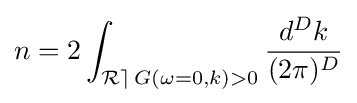
n=2\int _{{\mathcal {Re\,}}G(\omega =0,k)>0}{\frac {d^{D}k}{(2\pi )^{D}}}